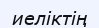
иеліктің